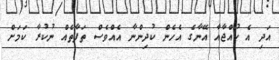
އަދި އެ ކުއްޖާއާ އޭނާގެ އެހެން ކުދިންނާ އެއްވެސް ތަފާތެއް ނުކުރާ ކަމަށް